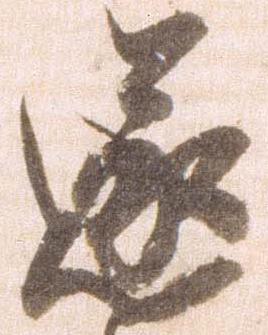
遂